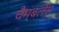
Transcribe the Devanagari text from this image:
चैम्बलेस